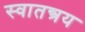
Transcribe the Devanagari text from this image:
स्वातन्त्रय